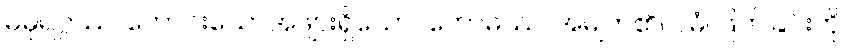
မဓုရဂ္ဂဿ၊ ကောင်းသောအဖျားရှိသော။ ကောဓဿ၊ အမျက်၏။ ဝဓံ၊ ဖြတ်ခြင်းကို။